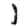
Digit: 1